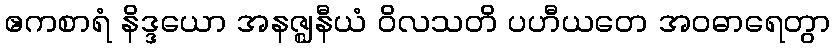
ဧကစာရံ နိဒ္ဒယော အနဇ္ဈနီယံ ဝိလသတိ ပဟီယတေ အဝဓာရေတွာ